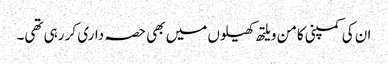
ان کی کمپنی کامن ویلتھ کھیلوں میں بھی حصہ داری کر رہی تھی۔